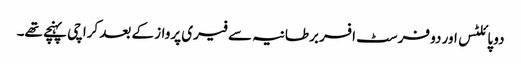
دو پائلٹس اور دو فرسٹ افسر برطانیہ سے فیری پرواز کے بعد کراچی پہنچے تھے۔